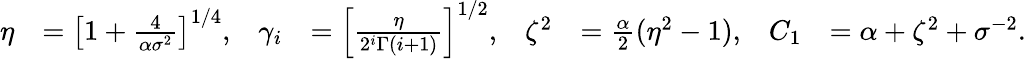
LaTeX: \begin{array}{rlrlrlrl}{\eta}&{=\left[1+\frac{4}{\alpha\sigma^{2}}\right]^{1/4},}&{\gamma_{i}}&{=\left[\frac\eta{2^{i}\Gamma(i+1)}\right]^{1/2},}&{\zeta^{2}}&{=\frac{\alpha}{2}(\eta^{2}-1),}&{C_{1}}&{=\alpha+\zeta^{2}+\sigma^{-2}.}\end{array}